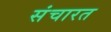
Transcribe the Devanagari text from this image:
संचारत